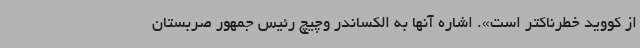
از کووید خطرناکتر است». اشاره آنها به الکساندر وچیچ رئیس جمهور صربستان